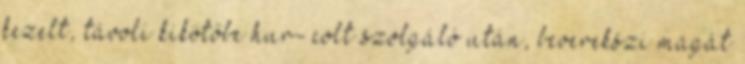
kezelt, távoli kikötőbe hur- colt szolgáló után, beverekszi magát